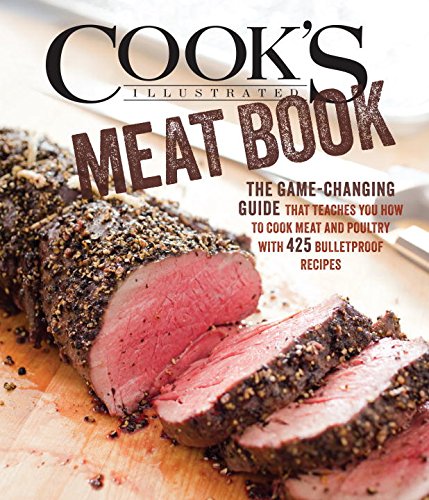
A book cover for The Cook's Illustrated Meat Cookbook; Cookbooks, Food & Wine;